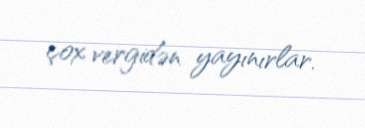
çox vergidən yayınırlar.